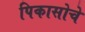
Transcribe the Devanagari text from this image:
पिकासोचे